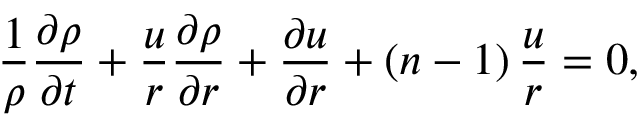
\frac { 1 } { \rho } \frac { \partial \rho } { \partial t } + \frac { u } { r } \frac { \partial \rho } { \partial r } + \frac { \partial u } { \partial r } + \left( n - 1 \right) \frac { u } { r } = 0 ,